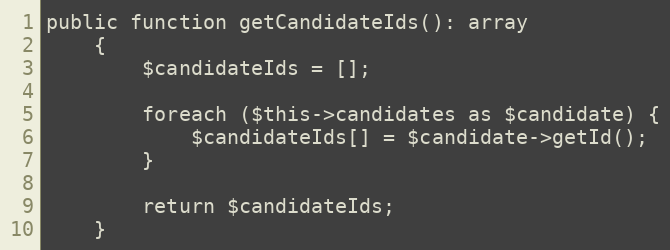
Language: PHP
public function getCandidateIds(): array
    {
        $candidateIds = [];

        foreach ($this->candidates as $candidate) {
            $candidateIds[] = $candidate->getId();
        }

        return $candidateIds;
    }